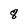
Character: 8